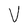
Character: V